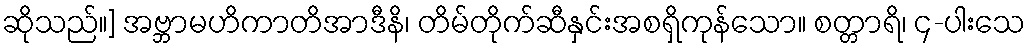
ဆိုသည်။] အဗ္ဘာမဟိကာတိအာဒီနိ၊ တိမ်တိုက်ဆီနှင်းအစရှိကုန်သော။ စတ္တာရိ၊ ၄-ပါးသေ